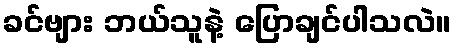
ခင်ဗျား ဘယ်သူနဲ့ ပြောချင်ပါသလဲ။